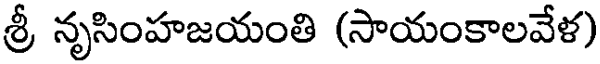
శ్రీ నృసింహజయంతి (సాయంకాలవేళ)